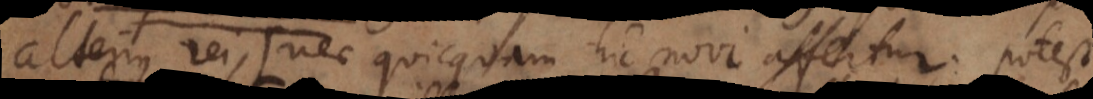
alterius rei (: nec quicquam hic novi affertur, potest